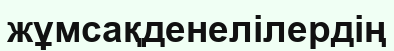
жұмсақденелілердің